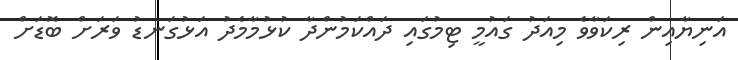
އަނިޔާއިން ރިކަވާވެ މިއަދު ގައުމީ ޓިމުގައި ދައްކަމުންދާ ކުޅުމާމެދު އަޅުގަނޑު ވަރަށް ބޮޑަށް